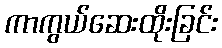
ကာကွယ်ဆေးထိုးခြင်း